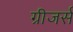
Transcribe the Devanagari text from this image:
ग्रीजर्स